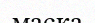
маска